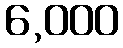
6,000